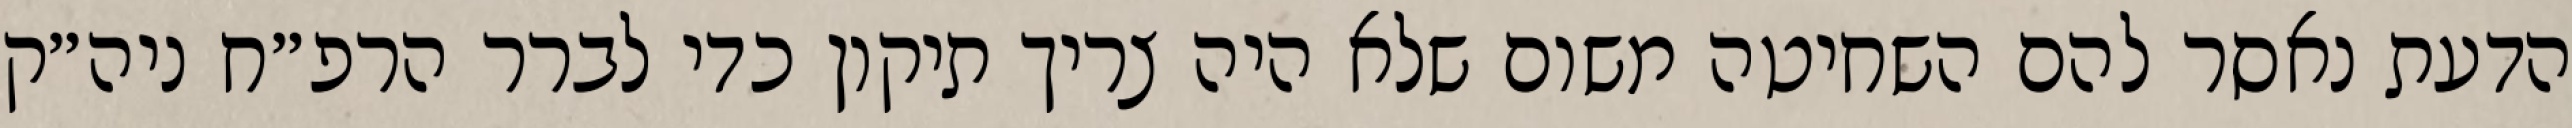
הדעת נאסר להם השחיטה משום שלא היה צריך תיקון כדי לברר הרפ״ח ניה״ק